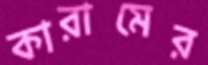
কারামের